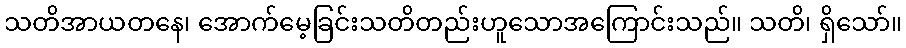
သတိအာယတနေ၊ အောက်မေ့ခြင်းသတိတည်းဟူသောအကြောင်းသည်။ သတိ၊ ရှိသော်။